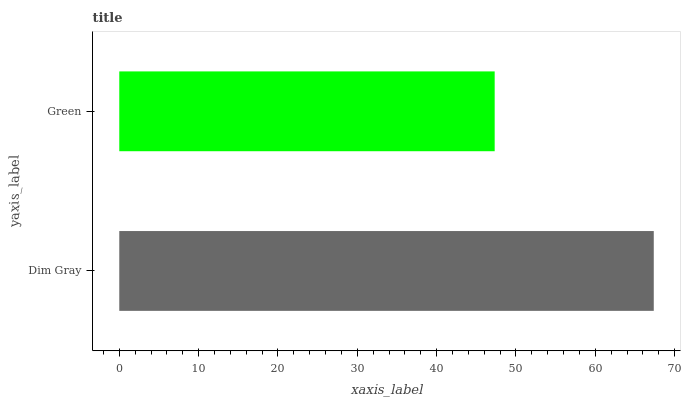
| yaxis_label | bars |
 | --- | --- |
 | Dim Gray | 67.4 |
 | Green | 47.3 |